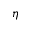
\eta